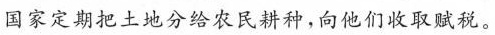
国家定期把土地分给农民耕种，向他们收取赋税。